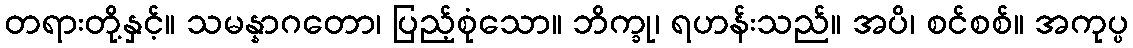
တရားတို့နှင့်။ သမန္နာဂတော၊ ပြည့်စုံသော။ ဘိက္ခု၊ ရဟန်းသည်။ အပိ၊ စင်စစ်။ အကုပ္ပ